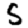
Digit: 5